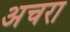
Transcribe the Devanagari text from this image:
अचरा